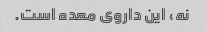
نه، این داروی معده است.